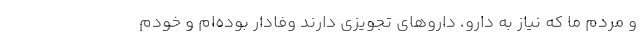
و مردم ما که نیاز به دارو، داروهای تجویزی دارند وفادار بوده‌ام و خودم